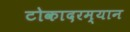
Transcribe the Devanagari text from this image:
टोकादरम्यान